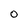
Character: O